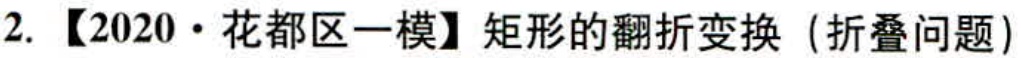
2. 【2020·花都区一模】矩形的翻折变换（折叠问题）